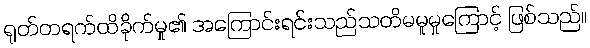
ရုတ်တရက်ထိခိုက်မှု၏ အကြောင်းရင်းသည်သတိမမူမှုကြောင့် ဖြစ်သည်။